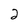
Character: 2